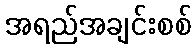
အရည်အချင်းစစ်